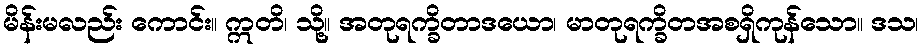
မိန်းမလည်း ကောင်း။ ဣတိ၊ သို့။ အတုရက္ခိတာဒယော၊ မာတုရက္ခိတအစရှိကုန်သော။ ဒသ၊